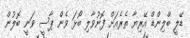
ޑޭލީ ބްލިންޑް އޭރިޔާ ތެރެއަށް ފޮނުވާލި ބޯޅަ ވެން ޕާސީ ވަނީ ބޮލުން